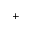
^ +